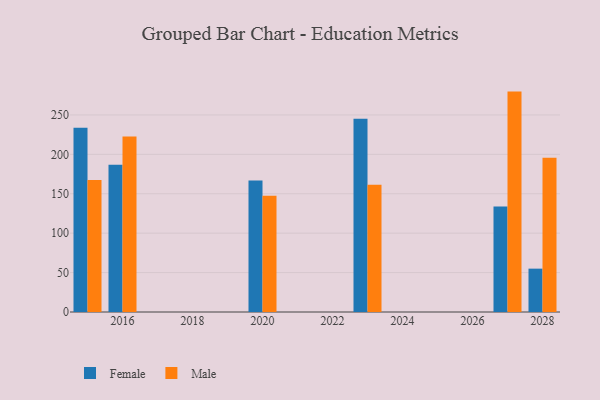
{"axis": {"x": "Year", "y": "Market Share (%)"}, "legend": ["Female", "Male"], "data": [{"x": "2015", "y": 233.6, "type": "Female"}, {"x": "2015", "y": 167.4, "type": "Male"}, {"x": "2028", "y": 55.0, "type": "Female"}, {"x": "2028", "y": 195.8, "type": "Male"}, {"x": "2023", "y": 245.2, "type": "Female"}, {"x": "2023", "y": 161.5, "type": "Male"}, {"x": "2020", "y": 166.8, "type": "Female"}, {"x": "2020", "y": 147.5, "type": "Male"}, {"x": "2016", "y": 186.8, "type": "Female"}, {"x": "2016", "y": 222.6, "type": "Male"}, {"x": "2027", "y": 133.7, "type": "Female"}, {"x": "2027", "y": 279.6, "type": "Male"}]}